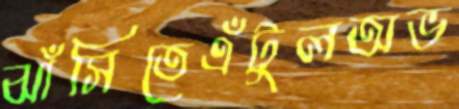
ঝাঁসিতেএঁটুলঅভ